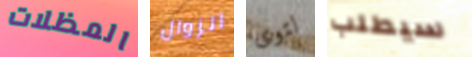
المظلات الزوال لتوى سيطلب